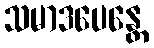
သမာဒပေန္တေ